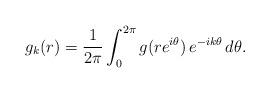
LaTeX: \begin{align*}g_k(r) = \frac{1}{2\pi}\int_{0}^{2\pi}g(re^{i\theta})\,e^{-ik\theta}\,d\theta.\end{align*}